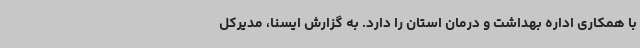
با همکاری اداره بهداشت و درمان استان را دارد. به گزارش ایسنا، مدیرکل